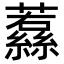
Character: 𮉔